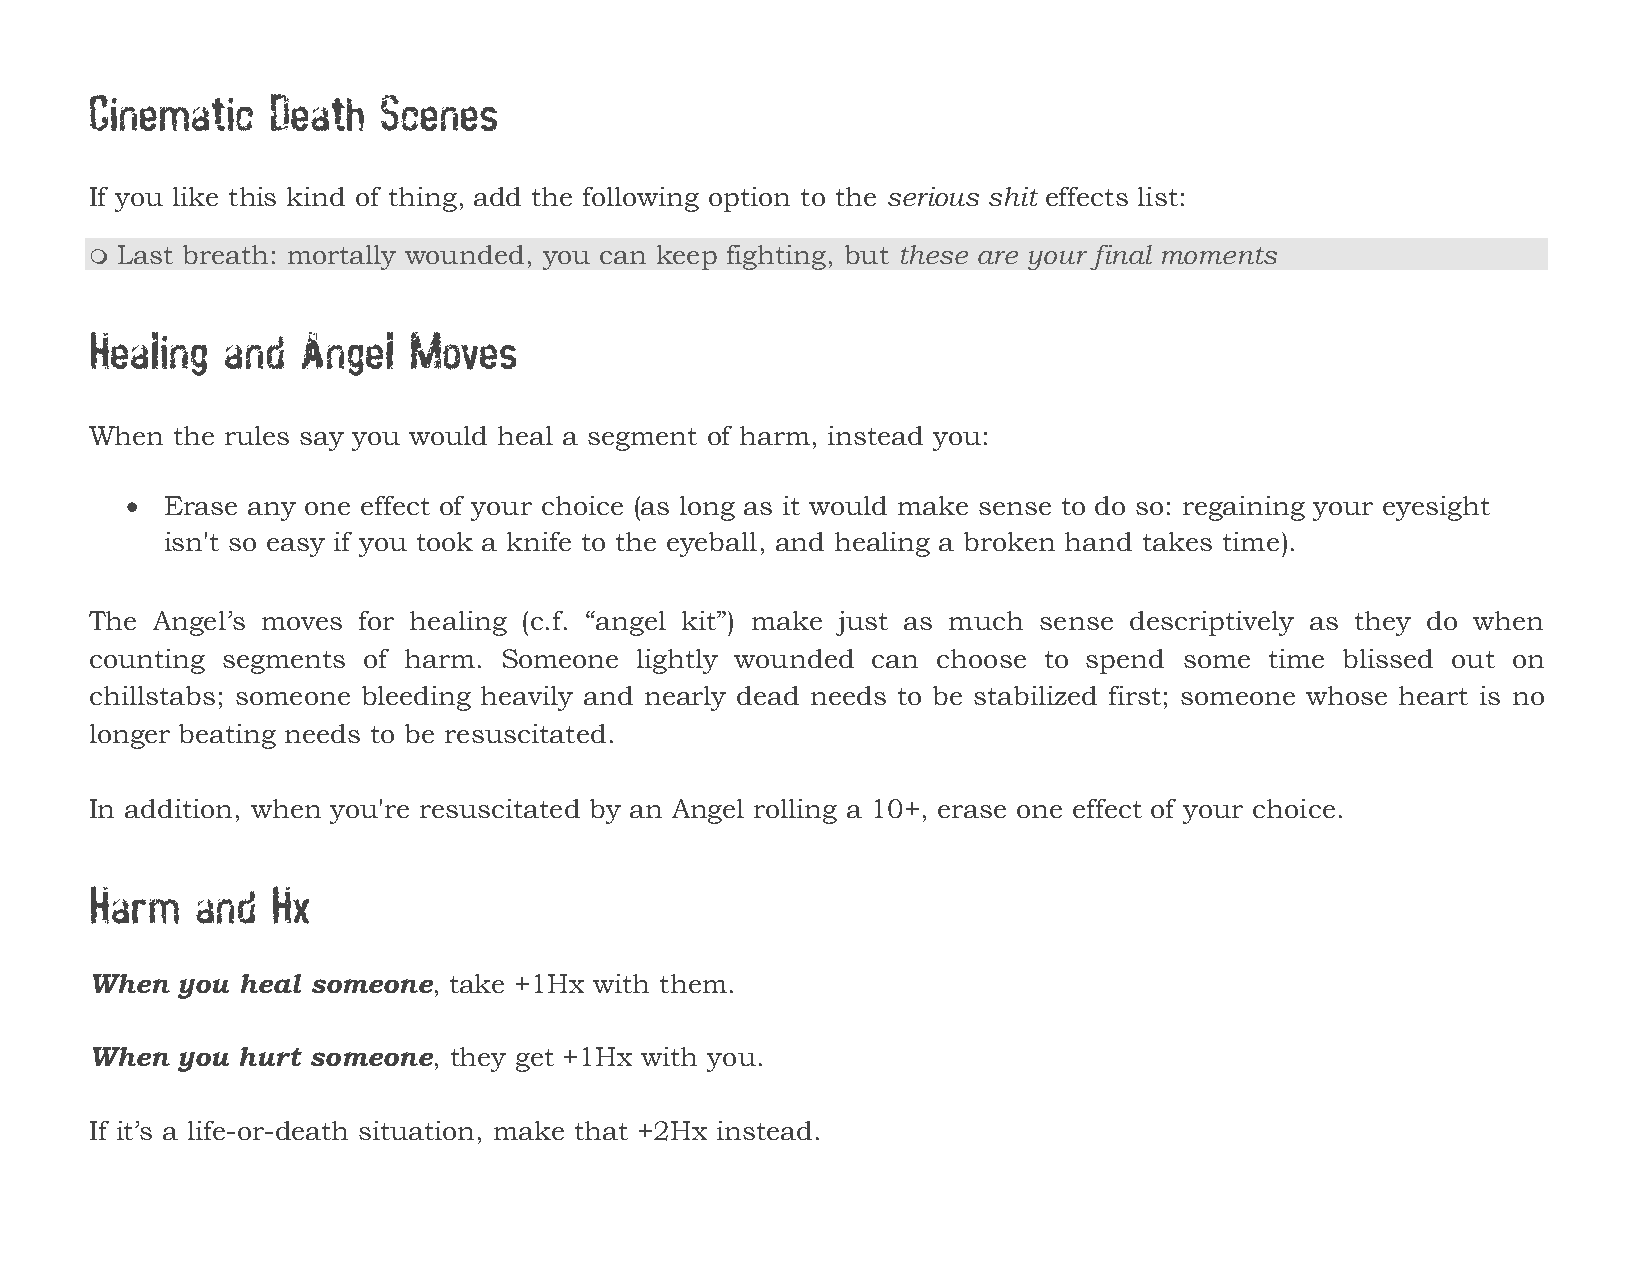
Cinematic   Death  Scenes
 If you like this kind of thing, add the following option to the serious shit effects list:
  Last breath: mortally wounded, you can keep fighting, but these are your final moments
 Healing  and  Angel  Moves
 When the rules say you would heal a segment of harm, instead you:
   Erase any one effect of your choice (as long as it would make sense to do so: regaining your eyesight
 isn't so easy if you took a knife to the eyeball, and healing a broken hand takes time).
 The Angel’s moves for healing (c.f. “angel kit”) make just as much sense descriptively as they do when
 counting segments of harm. Someone  lightly wounded can choose to spend some  time blissed out on
 chillstabs; someone bleeding heavily and nearly dead needs to be stabilized first; someone whose heart is no
 longer beating needs to be resuscitated.
 In addition, when you're resuscitated by an Angel rolling a 10+, erase one effect of your choice.
 Harm   and  Hx
 When  you heal someone, take +1Hx with them.
 When  you hurt someone, they get +1Hx with you.
 If it’s a life-or-death situation, make that +2Hx instead.